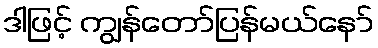
ဒါဖြင့် ကျွန်တော်ပြန်မယ်နော်